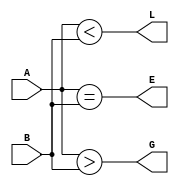
module one_bit_comparator(A,B,E,G,L);
input A,B;
output E,G,L;
assign E=(A==B);
assign G=(A>B);
assign L=(A<B);
endmodule